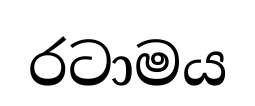
රටාමය